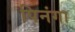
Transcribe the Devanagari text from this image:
पिनंगा